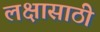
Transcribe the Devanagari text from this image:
लक्षासाठी